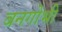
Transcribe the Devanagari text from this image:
बनगोभी